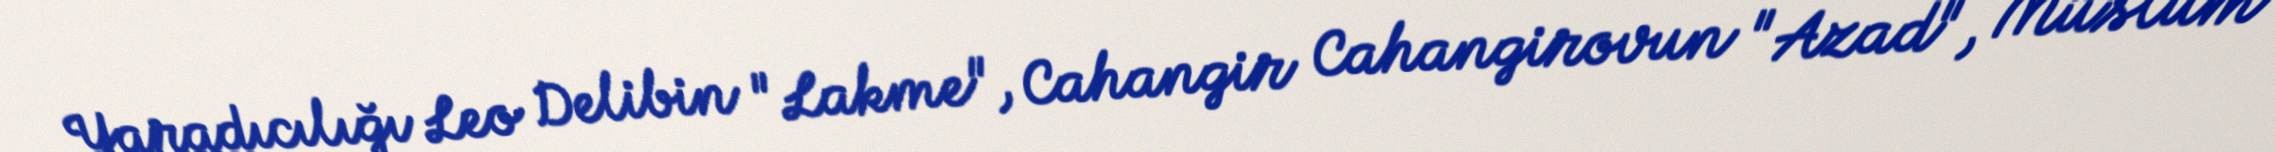
Yaradıcılığı Leo Delibin "Lakme", Cahangir Cahangirovun "Azad", Müslüm